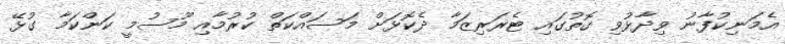
އެމަނިކުފާނު ވިދާޅުވި ގޮތުގައި ޓެރަރިޒަމާ ދެކޮޅަށް މަސައްކަތް ކުރުމާއި މޫސުމީ ކަންކަމާ ގުޅޭ